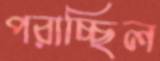
পরাচ্ছিল